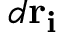
d \bf { r } _ { i }